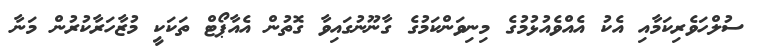
ސުލްހަވެރިކަމާއި އެކު އެއްވެއުޅުމުގެ މިނިވަންކަމުގެ ގާނޫނުގައިވާ ގޮތުން އެއާޕޯޓް ތަކަކީ މުޒާހަރާކުރުން މަނާ